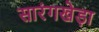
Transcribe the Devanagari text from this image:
सारंगखेड़ा